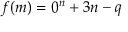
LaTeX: f ( m ) = 0 ^ { n } + 3 n - q